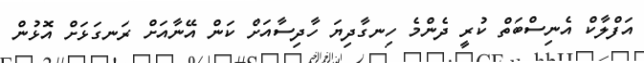
އަފްލާކް އެނިސްބަތް ކުރީ ދެންމެ ހިނގާދިޔަ ހާދިސާއަށް ކަން އޭނާއަށް ރަނގަޅަށް އޮޅުން